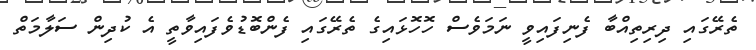
ތެރޭގައި ދިރިތިއްބާ ފެނިފައިވީ ނަމަވެސް ހޮހޮޅައިގެ ތެރޭގައި ފެންބޮޑުވެފައިވާތީ އެ ކުދިން ސަލާމަތް